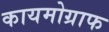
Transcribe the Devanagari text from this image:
कायमोग्राफ